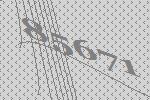
85671